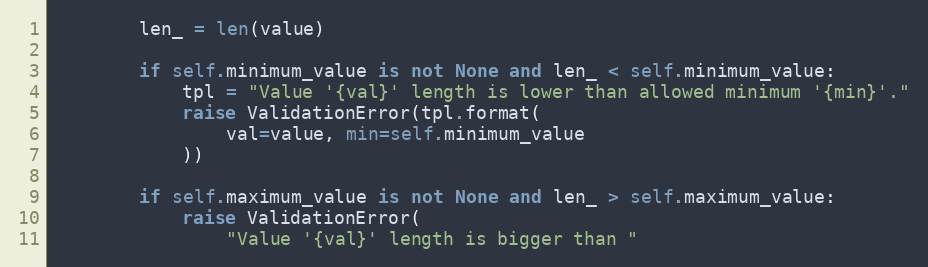
Language: Python
        len_ = len(value)

        if self.minimum_value is not None and len_ < self.minimum_value:
            tpl = "Value '{val}' length is lower than allowed minimum '{min}'."
            raise ValidationError(tpl.format(
                val=value, min=self.minimum_value
            ))

        if self.maximum_value is not None and len_ > self.maximum_value:
            raise ValidationError(
                "Value '{val}' length is bigger than "